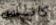
كانساس